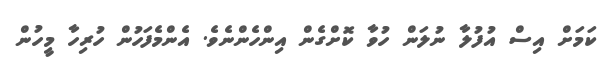
ކަމަށް އިސް އުފުލާ ނުލަން ހުވާ ކޮށްގެން އިންހެންނެވެ. އެންމެފަހުން ހުރިހާ މީހުން